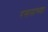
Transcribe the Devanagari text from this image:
रसनाच्या